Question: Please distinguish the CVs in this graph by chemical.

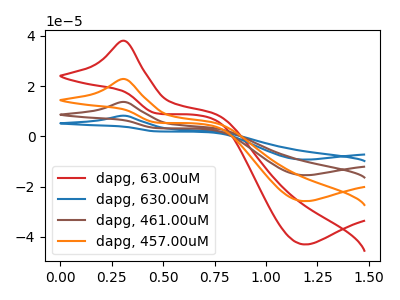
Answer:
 <answer>The red curve is labeled "dapg, 63.00uM". The blue curve is labeled "dapg, 630.00uM". The brown curve is labeled "dapg, 461.00uM". The orange curve is labeled "dapg, 457.00uM".</answer>
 <eval></eval>